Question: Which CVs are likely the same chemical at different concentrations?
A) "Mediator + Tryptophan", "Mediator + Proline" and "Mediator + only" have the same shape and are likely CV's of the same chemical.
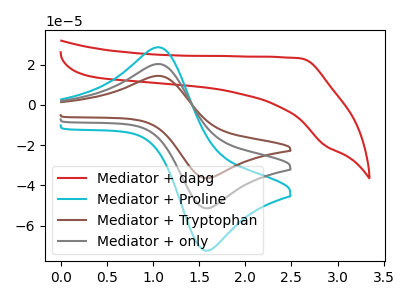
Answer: <think>The red curve "Mediator + dapg" has no peaks. The cyan curve "Mediator + Proline" has an anodic peak at (1.05V, 40.55uA) and a cathodic peak at (1.60V, -102.80uA). The brown curve "Mediator + Tryptophan" has an anodic peak at (1.05V, 14.40uA) and a cathodic peak at (1.60V, -36.45uA). The gray curve "Mediator + only" has an anodic peak at (1.05V, 20.25uA) and a cathodic peak at (1.60V, -51.40uA).
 "Mediator + dapg" and "Mediator + Proline" have a different number of peaks. "Mediator + dapg" and "Mediator + Tryptophan" have a different number of peaks. "Mediator + dapg" and "Mediator + only" have a different number of peaks. All the peaks in "Mediator + Proline" have a peak in "Mediator + Tryptophan" at the same potential. Every peak in "Mediator + Proline" is higher than every peak in "Mediator + Tryptophan". All the peaks in "Mediator + Proline" have a peak in "Mediator + only" at the same potential. Every peak in "Mediator + Proline" is higher than every peak in "Mediator + only". All the peaks in "Mediator + Tryptophan" have a peak in "Mediator + only" at the same potential. Every peak in "Mediator + Tryptophan" is lower than every peak in "Mediator + only".</think>
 <answer>A) "Mediator + Tryptophan", "Mediator + Proline" and "Mediator + only" have the same shape and are likely CV's of the same chemical.</answer>
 <eval>A</eval>